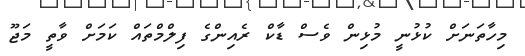
މިހާތަނަށް ކުޅުނީ މުޅިން ވެސް ޑާކް ރެއިންގެ ފިލްމްތައް ކަމަށް ވާތީ މަޖޫ